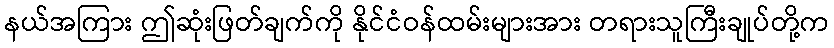
နယ်အကြား ဤဆုံးဖြတ်ချက်ကို နိုင်ငံဝန်ထမ်းများအား တရားသူကြီးချုပ်တို့က